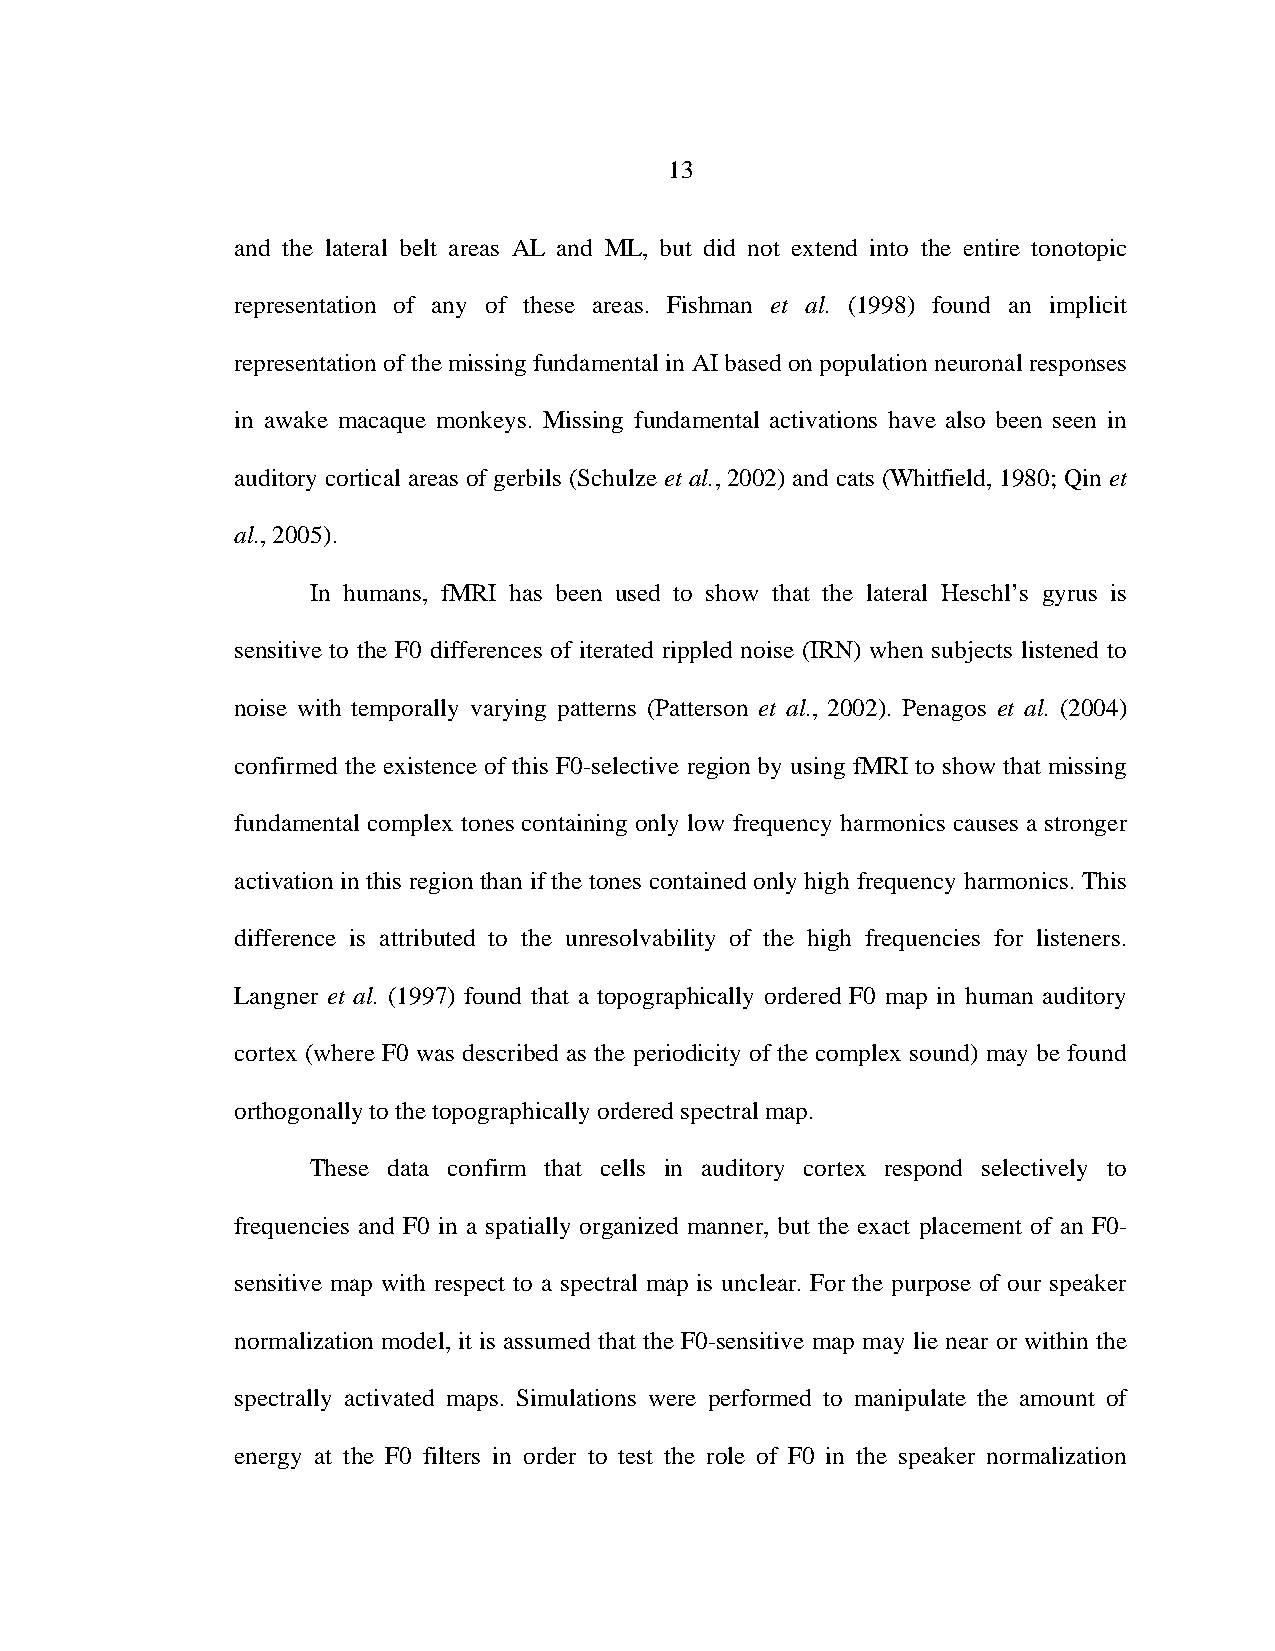
13
 and the lateral belt areas AL and ML, but did not extend into the entire tonotopic
 representation of any of these areas. Fishman et al. (1998) found an implicit
 representation of the missing fundamental in AI based on population neuronal responses
 in awake macaque monkeys. Missing fundamental activations have also been seen in
 auditory cortical areas of gerbils (Schulze et al., 2002) and cats (Whitfield, 1980; Qin et
 al., 2005).
 In humans, fMRI has been used to show that the lateral Heschl’s gyrus is
 sensitive to the F0 differences of iterated rippled noise (IRN) when subjects listened to
 noise with temporally varying patterns (Patterson et al., 2002). Penagos et al. (2004)
 confirmed the existence of this F0-selective region by using fMRI to show that missing
 fundamental complex tones containing only low frequency harmonics causes a stronger
 activation in this region than if the tones contained only high frequency harmonics. This
 difference is attributed to the unresolvability of the high frequencies for listeners.
 Langner et al. (1997) found that a topographically ordered F0 map in human auditory
 cortex (where F0 was described as the periodicity of the complex sound) may be found
 orthogonally to the topographically ordered spectral map.
 These data confirm that cells in auditory cortex respond selectively to
 frequencies and F0 in a spatially organized manner, but the exact placement of an F0-
 sensitive map with respect to a spectral map is unclear. For the purpose of our speaker
 normalization model, it is assumed that the F0-sensitive map may lie near or within the
 spectrally activated maps. Simulations were performed to manipulate the amount of
 energy at the F0 filters in order to test the role of F0 in the speaker normalization